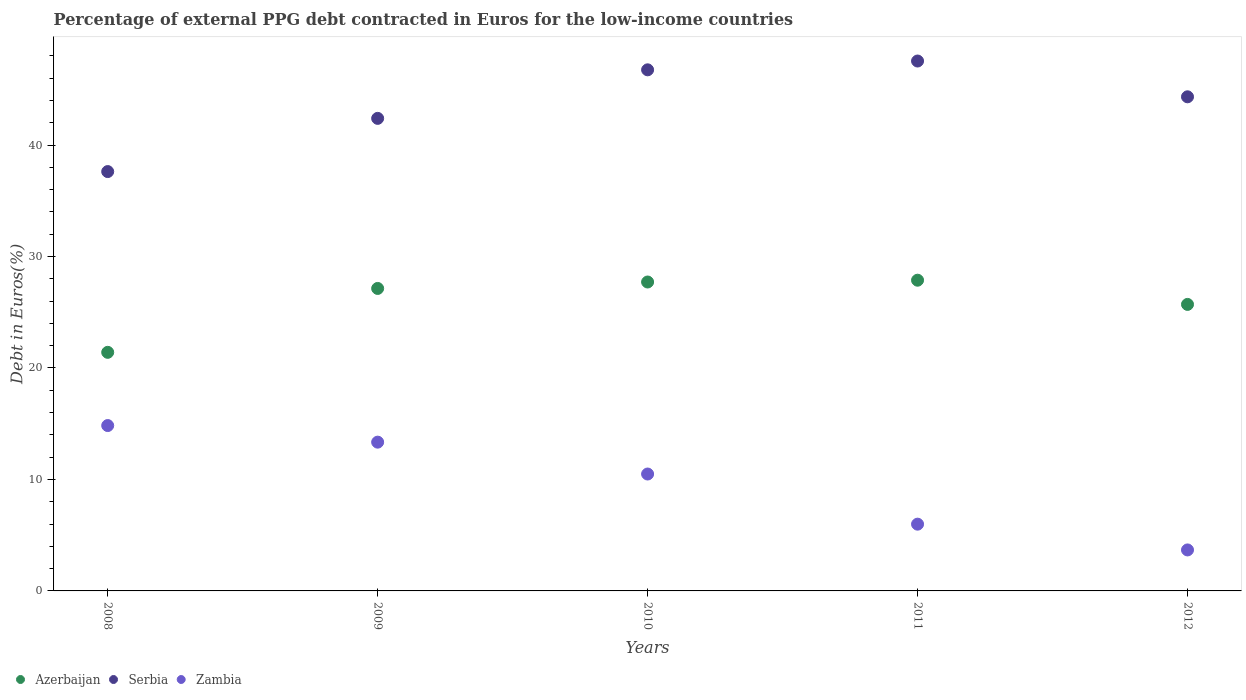
| Years | Azerbaijan | Serbia | Zambia |
 | --- | --- | --- | --- |
 | 2008 | 21.4 | 37.6 | 14.8 |
 | 2009 | 27.1 | 42.4 | 13.3 |
 | 2010 | 27.7 | 46.7 | 10.5 |
 | 2011 | 27.9 | 47.5 | 5.99 |
 | 2012 | 25.7 | 44.3 | 3.68 |